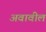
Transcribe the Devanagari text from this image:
अवावील